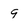
Character: 9